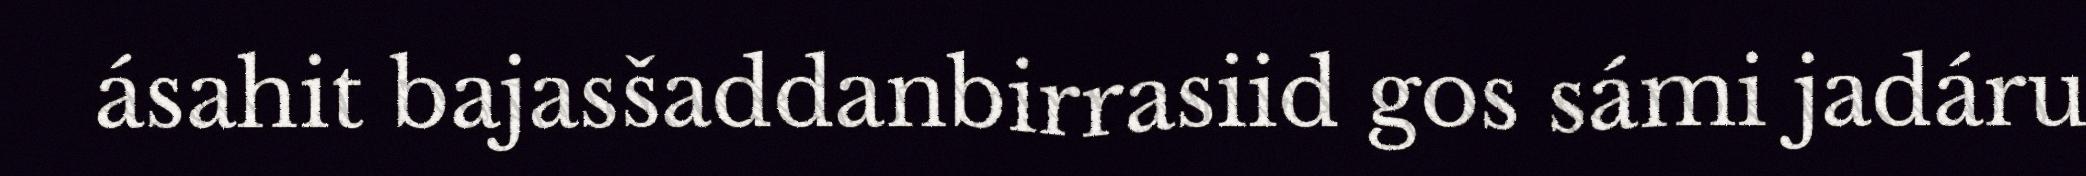
ásahit bajasšaddanbirrasiid gos sámi jadáru